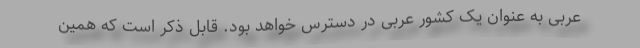
عربی به عنوان یک کشور عربی در دسترس خواهد بود. قابل ذکر است که همین